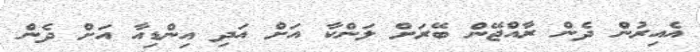
އެއިރުން ދެން ރާއްޖޭން ބޭރަށް ލަންކާ އަށް އަދި އިންޑިއާ އަށް ދެން